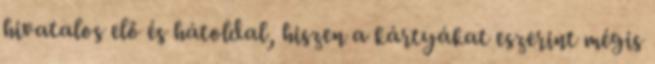
hivatalos elő és hátoldal, hiszen a kártyákat eszerint mégis